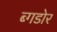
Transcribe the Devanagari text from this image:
ब्गडोर